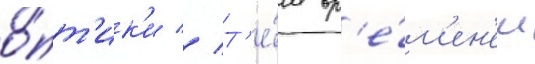
о́пт'ик'и // Т'е́м вр'е́м'ен'ем